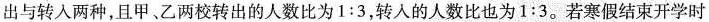
出与转入两种，且甲、乙两校转出的人数比为 $$1 : 3$$，转人的人数比也为$$1 : 3$$。若寒假结束开学时